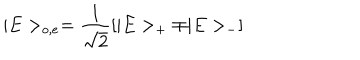
LaTeX: | E > _ { o , e } = \frac { 1 } { \sqrt 2 } [ | E > _ { + } \mp | E > _ { - } ]